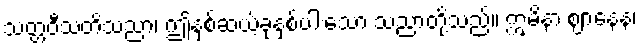
သတ္တဝီသတိသညာ၊ ဤနှစ်ဆယ့်ခုနှစ်ပါးသော သညာတို့သည်။ ဣမိနာ ဈာနေန၊